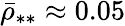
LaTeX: \bar{\rho}_{**}\approx 0.05